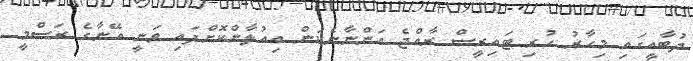
ދުބާއީގައި މިހާރު ހުރި ޓައިރީސް ރާއްޖެ އަންނާނެކަން އިއުލާންކޮށްފައި ވަނީ އޭނާގެ ރަސްމީ